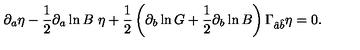
\partial _ { a } \eta - { \frac { 1 } { 2 } } \partial _ { a } \ln B \ \eta + { \frac { 1 } { 2 } } \left( \partial _ { b } \ln G + { \frac { 1 } { 2 } } \partial _ { b } \ln B \right) \Gamma _ { \hat { a } \hat { b } } \eta = 0 .